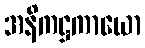
အနိကဋ္ဌကာယော